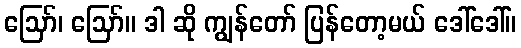
ဪ၊ ဪ။ ဒါ ဆို ကျွန်တော် ပြန်တော့မယ် ဒေါ်ဒေါ်။